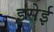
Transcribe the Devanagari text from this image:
इसेई